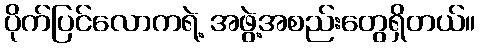
ပိုက်ပြင်လောကရဲ့ အဖွဲ့အစည်းတွေရှိတယ်။